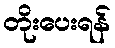
တိုးပေးရန်